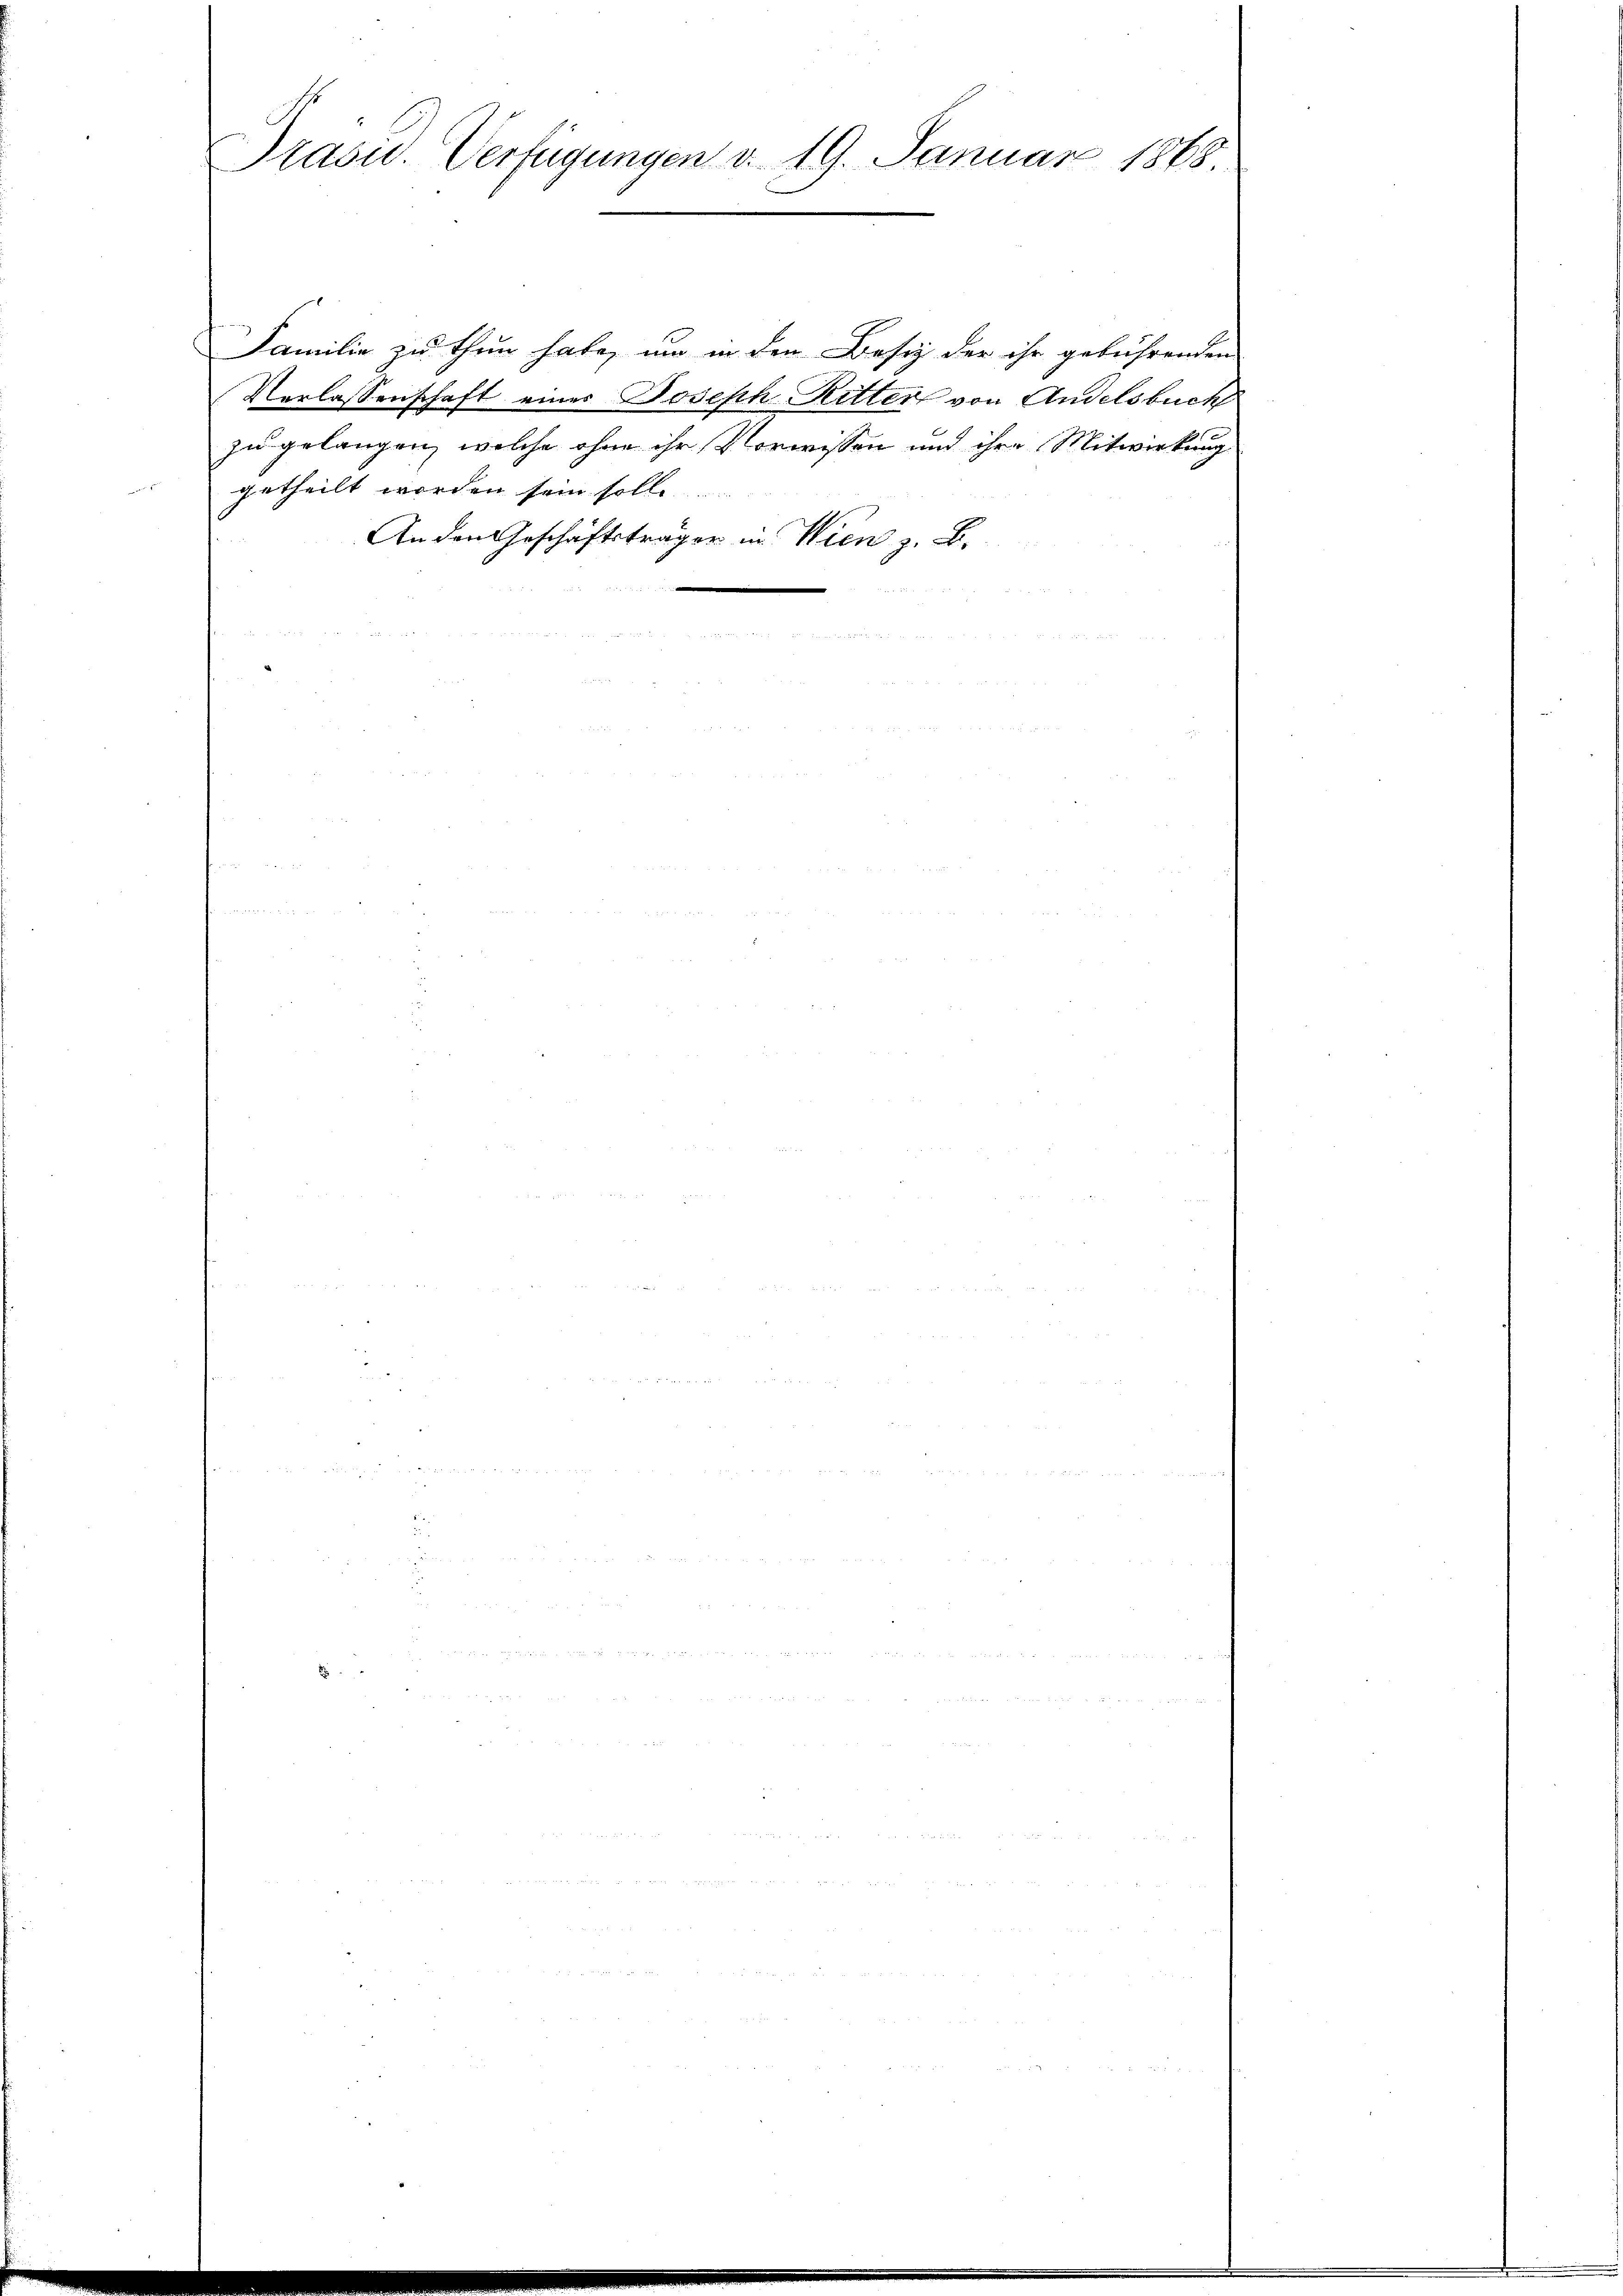
Präsid. Verfügungen d. 19. Januar 1848

Familie zu thun habe, um in den Besiz der ihr gebührenden
Verlassenschaft eines Joseph Ritter von Andelsbuch
zu gelangen, welche ohne ihr Vorwissen und ihre Mitwirkung
getheilt worden sein solle
An den Geschäftsträger in Wien z. B.